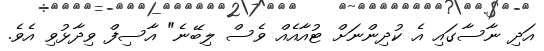
އަދި ނާސާގައި އެ ކުދިންނަށް ޓުއާއެއް ވެސް ލިބޭނެ" އާސިފް ވިދާޅުވި އެވެ.